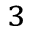
^ { 3 }